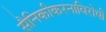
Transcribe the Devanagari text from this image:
सैनिकीकरनाविरोधी